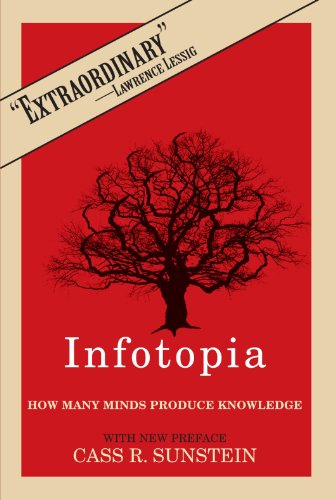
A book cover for Infotopia: How Many Minds Produce Knowledge; Cass R. Sunstein; Law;